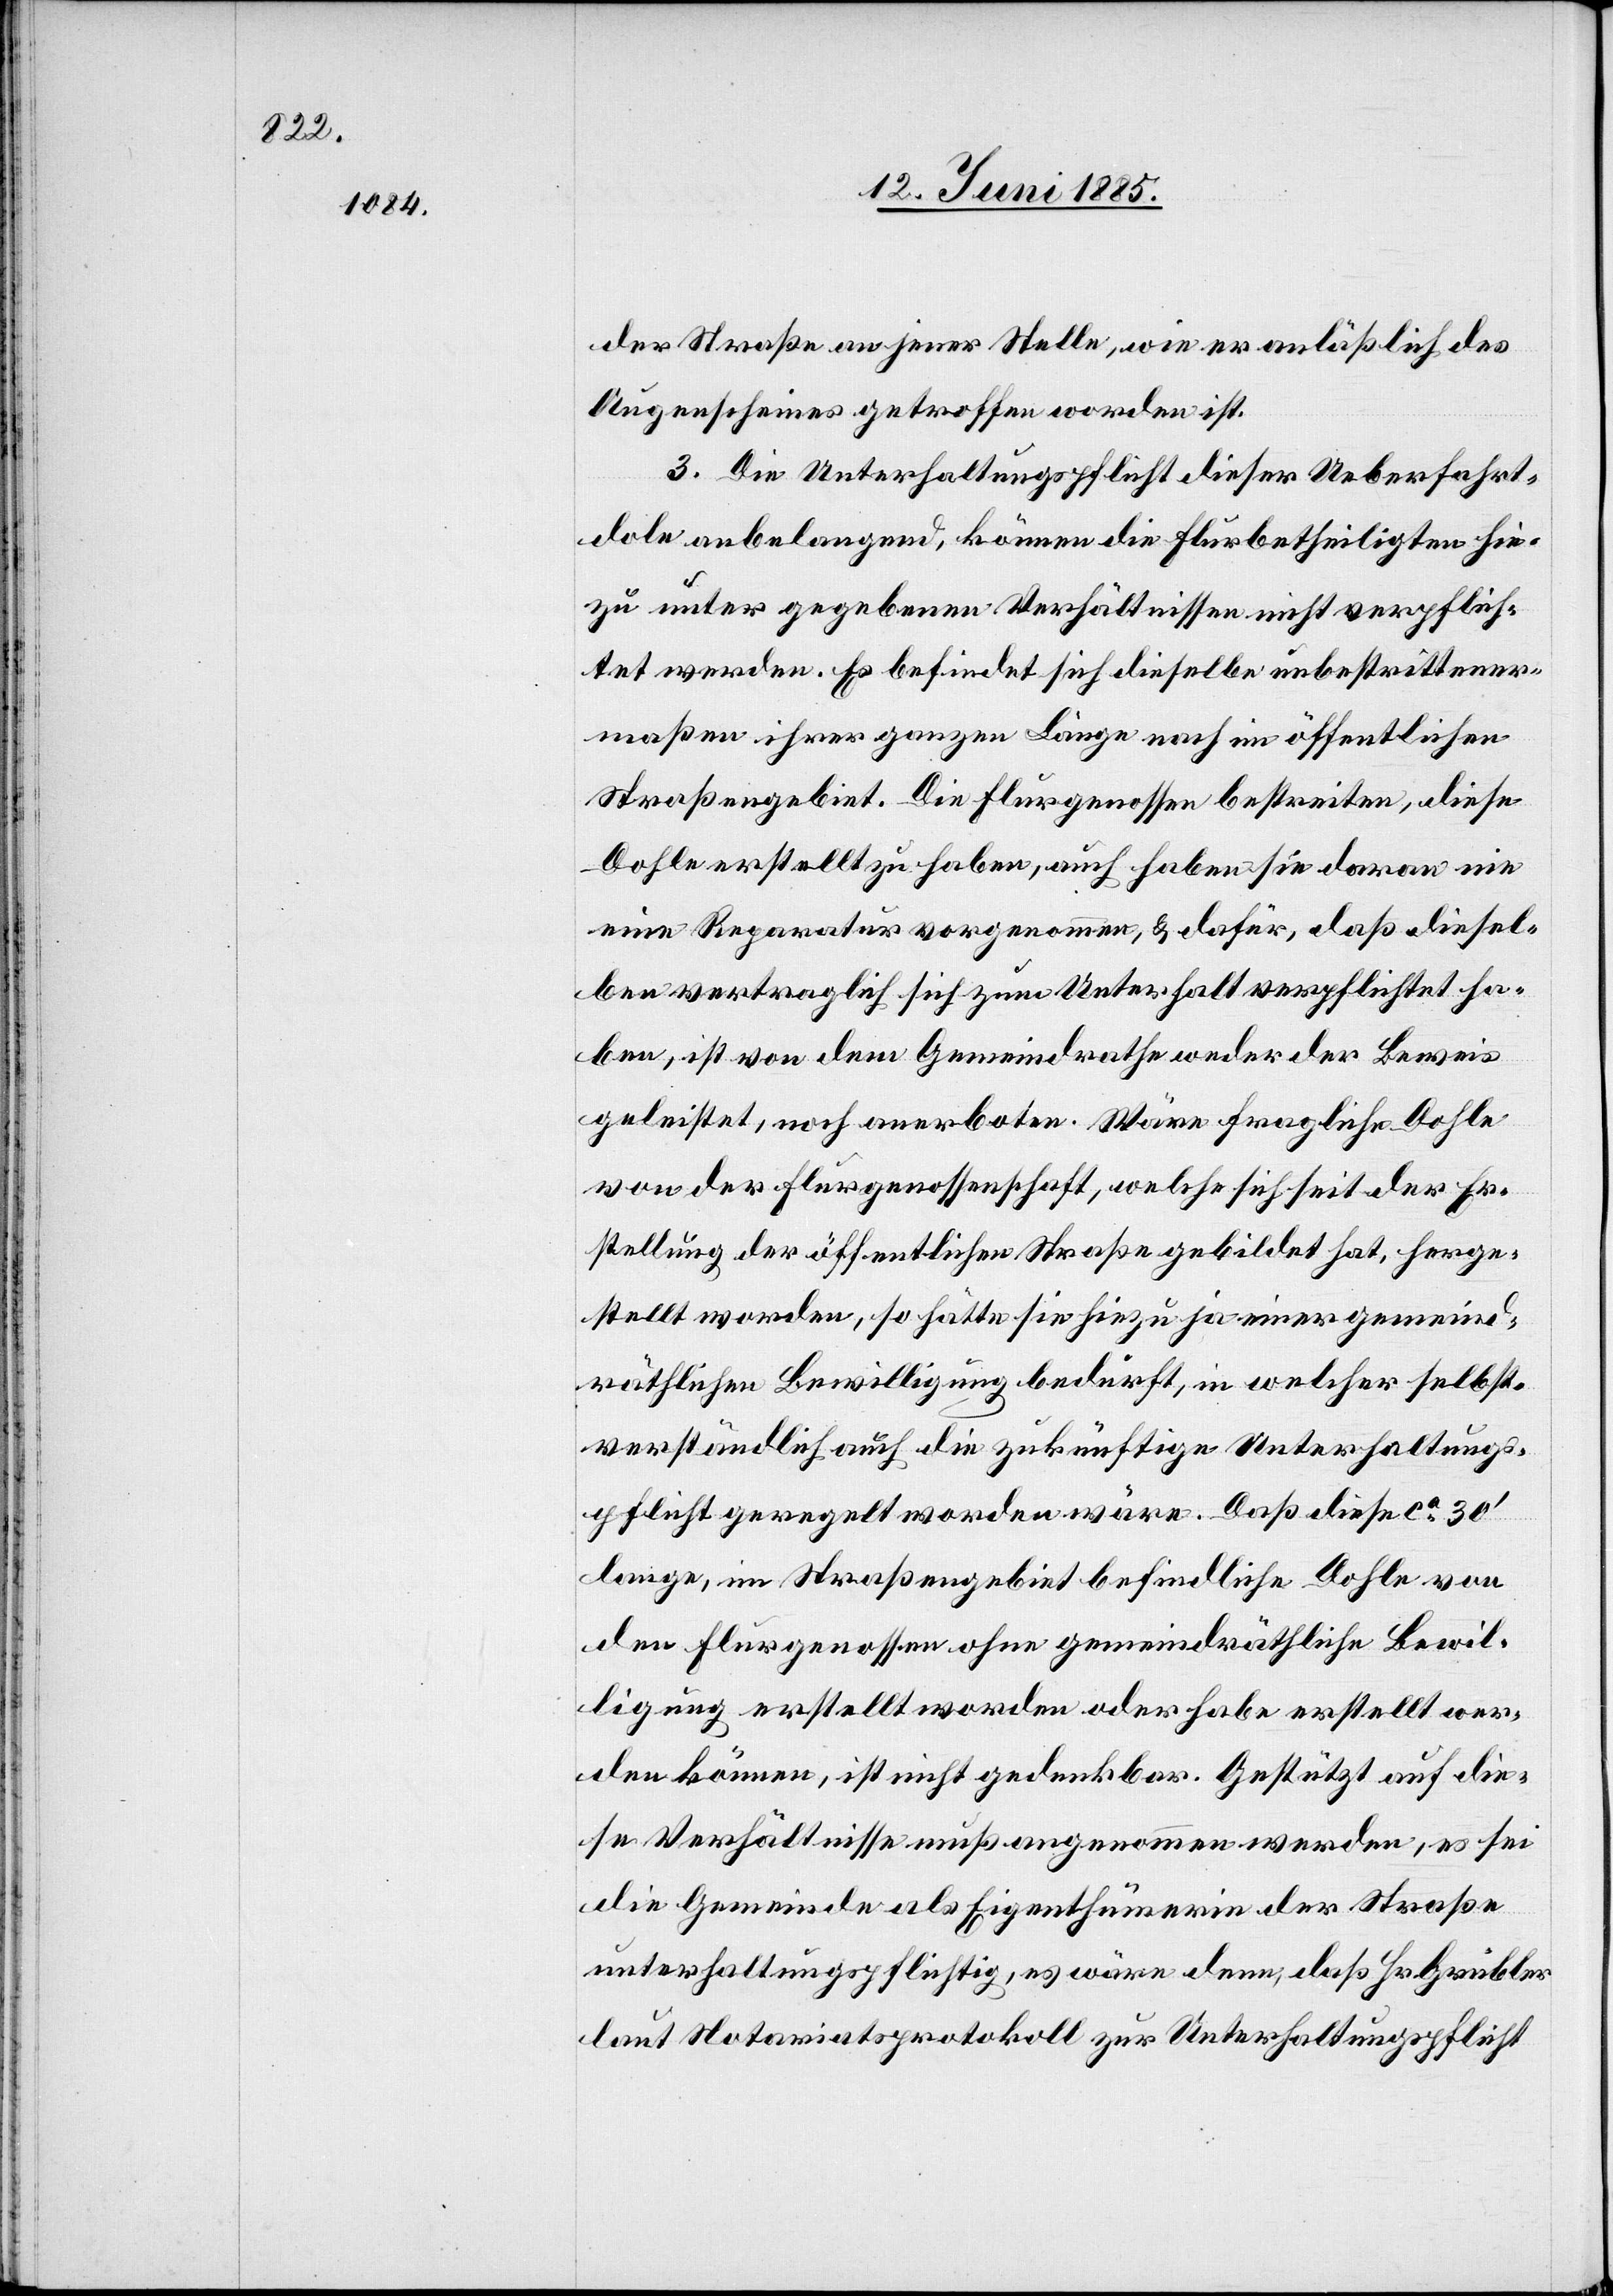
der Straße an jener Stelle, wie er anläßlich des
Augenscheines getroffen worden ist.
3. Die Unterhaltungspflicht dieser Ueberfahrts¬
dole anbelangend, können die Flurbetheiligten hie¬
zu unter gegebenen Verhältnissen nicht verpflich¬
tet werden. Es befindet sich dieselbe unbestrittener¬
maßen ihrer ganzen Länge nach im öffentlichen
Straßengebiet. Die Flurgenossen bestreiten diese
Dohle erstellt zu haben, auch haben sie daran nie
eine Reparatur vorgenommen, & dafür, daß diesel¬
be vertraglich sich zum Unterhalt verpflichtet ha¬
ben, ist von dem Gemeindrathe weder der Beweis
geleistet, noch anerboten. Wäre fragliche Dohle,
von der Flurgenossenschaft, welche sich seit der Er¬
stellung der öffentlichen Straße gebildet hat, herge¬
stellt worden, so hätte sie hiezu ja einer gemeind¬
räthlichen Bewilligung bedürft, in welcher selbst¬
verständlich auch die zukünftige Unterhaltungs¬
pflicht geregelt worden wäre. Daß diese ca 30’
lange, im Straßengebiet befindliche Dohle von
den Flurgenossen ohne gemeindräthliche Bewil¬
ligung erstellt worden oder habe erstellt wer¬
den können, ist nicht gedenkbar. Gestützt auf die¬
se Verhältnisse muß angenommen werden, es sei
die Gemeinde als Eigenthümerin der Straße
unterhaltungspflichtig, es wäre denn, daß Hr. Grübler
laut Notariatsprotokoll zur Unterhaltungspflicht